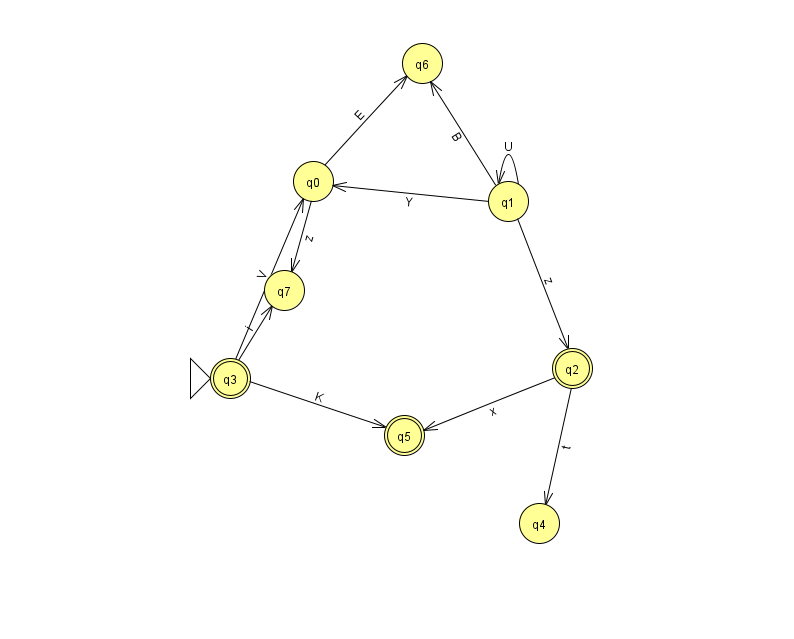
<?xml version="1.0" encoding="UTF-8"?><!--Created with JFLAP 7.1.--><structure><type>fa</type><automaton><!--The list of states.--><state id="0" name="q0"><x>313.0</x><y>168.0</y></state><state id="1" name="q1"><x>508.0</x><y>188.0</y></state><state id="2" name="q2"><x>572.0</x><y>355.0</y><final/></state><state id="3" name="q3"><x>230.0</x><y>365.0</y><initial/><final/></state><state id="4" name="q4"><x>539.0</x><y>510.0</y></state><state id="5" name="q5"><x>404.0</x><y>422.0</y><final/></state><state id="6" name="q6"><x>422.0</x><y>50.0</y></state><state id="7" name="q7"><x>284.0</x><y>277.0</y></state><!--The list of transitions.--><transition><from>2</from><to>5</to><read>x</read></transition><transition><from>0</from><to>6</to><read>E</read></transition><transition><from>1</from><to>1</to><read>U</read></transition><transition><from>3</from><to>7</to><read>i</read></transition><transition><from>1</from><to>6</to><read>B</read></transition><transition><from>1</from><to>2</to><read>z</read></transition><transition><from>3</from><to>5</to><read>K</read></transition><transition><from>1</from><to>0</to><read>Y</read></transition><transition><from>0</from><to>7</to><read>z</read></transition><transition><from>2</from><to>4</to><read>t</read></transition><transition><from>3</from><to>0</to><read>V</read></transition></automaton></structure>